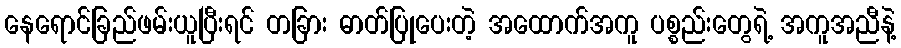
နေရောင်ခြည်ဖမ်းယူပြီးရင် တခြား ဓာတ်ပြုပေးတဲ့ အထောက်အကူ ပစ္စည်းတွေရဲ့ အကူအညီနဲ့